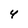
Character: 4